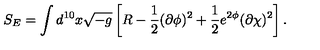
S _ { E } = \int d ^ { 1 0 } x \sqrt { - g } \left[ R - \frac { 1 } { 2 } ( \partial \phi ) ^ { 2 } + \frac { 1 } { 2 } e ^ { 2 \phi } ( \partial \chi ) ^ { 2 } \right] .